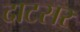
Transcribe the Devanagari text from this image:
दाटसर